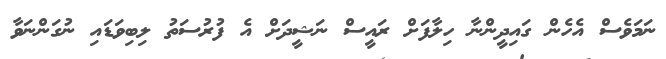
ނަމަވެސް އެހެން ގައިދީންނާ ހިލާފަށް ރައީސް ނަޝީދަށް އެ ފުރުސަތު ލިބިވަޑައި ނުގަންނަވާ